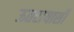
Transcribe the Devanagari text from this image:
ऊतरायासी